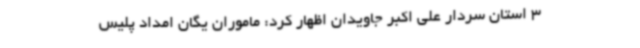
3 استان سردار علی اکبر جاویدان اظهار کرد: ماموران یگان امداد پلیس